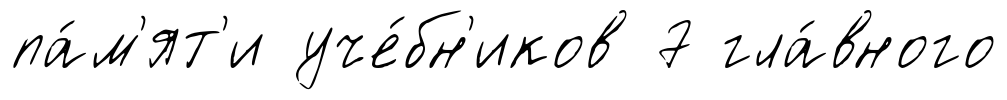
па́м'ят'и уче́бн'иков 7 гла́вного